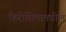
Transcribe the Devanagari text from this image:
हिरोशिमामधील